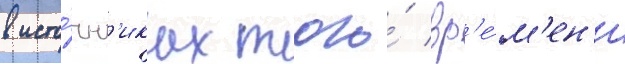
в исто́чн'иках того́ вр'е́м'ен'и